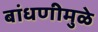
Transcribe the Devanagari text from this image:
बांधणीमुळे